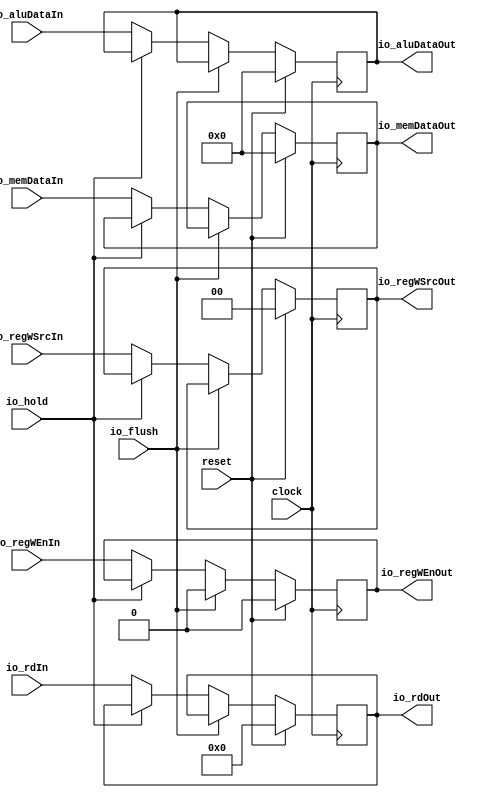
module MEM_WB(
  input         clock,
  input         reset,
  input         io_flush,
  input         io_hold,
  input         io_regWEnIn,
  input  [1:0]  io_regWSrcIn,
  input  [4:0]  io_rdIn,
  output        io_regWEnOut,
  output [1:0]  io_regWSrcOut,
  output [4:0]  io_rdOut,
  input  [63:0] io_aluDataIn,
  output [63:0] io_aluDataOut,
  input  [63:0] io_memDataIn,
  output [63:0] io_memDataOut
);
`ifdef RANDOMIZE_REG_INIT
  reg [31:0] _RAND_0;
  reg [31:0] _RAND_1;
  reg [31:0] _RAND_2;
  reg [63:0] _RAND_3;
  reg [63:0] _RAND_4;
`endif // RANDOMIZE_REG_INIT
  reg  regWEnReg; // @[MEM_WB.scala 39:30]
  reg [1:0] regWSrcReg; // @[MEM_WB.scala 40:30]
  reg [4:0] rdReg; // @[MEM_WB.scala 41:30]
  reg [63:0] aluDataReg; // @[MEM_WB.scala 42:30]
  reg [63:0] memDataReg; // @[MEM_WB.scala 43:30]
  assign io_regWEnOut = regWEnReg; // @[MEM_WB.scala 63:19]
  assign io_regWSrcOut = regWSrcReg; // @[MEM_WB.scala 64:19]
  assign io_rdOut = rdReg; // @[MEM_WB.scala 65:19]
  assign io_aluDataOut = aluDataReg; // @[MEM_WB.scala 66:19]
  assign io_memDataOut = memDataReg; // @[MEM_WB.scala 67:19]
  always @(posedge clock) begin
    if (reset) begin // @[MEM_WB.scala 39:30]
      regWEnReg <= 1'h0; // @[MEM_WB.scala 39:30]
    end else if (io_flush) begin // @[MEM_WB.scala 45:14]
      regWEnReg <= 1'h0; // @[MEM_WB.scala 46:15]
    end else if (!(io_hold)) begin // @[MEM_WB.scala 48:18]
      regWEnReg <= io_regWEnIn; // @[MEM_WB.scala 56:19]
    end
    if (reset) begin // @[MEM_WB.scala 40:30]
      regWSrcReg <= 2'h0; // @[MEM_WB.scala 40:30]
    end else if (!(io_flush)) begin // @[MEM_WB.scala 45:14]
      if (!(io_hold)) begin // @[MEM_WB.scala 48:18]
        regWSrcReg <= io_regWSrcIn; // @[MEM_WB.scala 57:19]
      end
    end
    if (reset) begin // @[MEM_WB.scala 41:30]
      rdReg <= 5'h0; // @[MEM_WB.scala 41:30]
    end else if (!(io_flush)) begin // @[MEM_WB.scala 45:14]
      if (!(io_hold)) begin // @[MEM_WB.scala 48:18]
        rdReg <= io_rdIn; // @[MEM_WB.scala 58:19]
      end
    end
    if (reset) begin // @[MEM_WB.scala 42:30]
      aluDataReg <= 64'h0; // @[MEM_WB.scala 42:30]
    end else if (!(io_flush)) begin // @[MEM_WB.scala 45:14]
      if (!(io_hold)) begin // @[MEM_WB.scala 48:18]
        aluDataReg <= io_aluDataIn; // @[MEM_WB.scala 59:19]
      end
    end
    if (reset) begin // @[MEM_WB.scala 43:30]
      memDataReg <= 64'h0; // @[MEM_WB.scala 43:30]
    end else if (!(io_flush)) begin // @[MEM_WB.scala 45:14]
      if (!(io_hold)) begin // @[MEM_WB.scala 48:18]
        memDataReg <= io_memDataIn; // @[MEM_WB.scala 60:19]
      end
    end
  end
// Register and memory initialization
`ifdef RANDOMIZE_GARBAGE_ASSIGN
`define RANDOMIZE
`endif
`ifdef RANDOMIZE_INVALID_ASSIGN
`define RANDOMIZE
`endif
`ifdef RANDOMIZE_REG_INIT
`define RANDOMIZE
`endif
`ifdef RANDOMIZE_MEM_INIT
`define RANDOMIZE
`endif
`ifndef RANDOM
`define RANDOM $random
`endif
`ifdef RANDOMIZE_MEM_INIT
  integer initvar;
`endif
`ifndef SYNTHESIS
`ifdef FIRRTL_BEFORE_INITIAL
`FIRRTL_BEFORE_INITIAL
`endif
initial begin
  `ifdef RANDOMIZE
    `ifdef INIT_RANDOM
      `INIT_RANDOM
    `endif
    `ifndef VERILATOR
      `ifdef RANDOMIZE_DELAY
        #`RANDOMIZE_DELAY begin end
      `else
        #0.002 begin end
      `endif
    `endif
`ifdef RANDOMIZE_REG_INIT
  _RAND_0 = {1{`RANDOM}};
  regWEnReg = _RAND_0[0:0];
  _RAND_1 = {1{`RANDOM}};
  regWSrcReg = _RAND_1[1:0];
  _RAND_2 = {1{`RANDOM}};
  rdReg = _RAND_2[4:0];
  _RAND_3 = {2{`RANDOM}};
  aluDataReg = _RAND_3[63:0];
  _RAND_4 = {2{`RANDOM}};
  memDataReg = _RAND_4[63:0];
`endif // RANDOMIZE_REG_INIT
  `endif // RANDOMIZE
end // initial
`ifdef FIRRTL_AFTER_INITIAL
`FIRRTL_AFTER_INITIAL
`endif
`endif // SYNTHESIS
endmodule